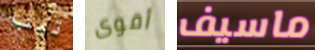
تيب أقوى ماسيف